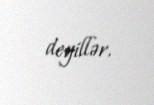
deyillər.